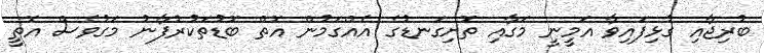
ބުރިޖާއި ގުޅިފައިވާ އަމީނީ މަގާއި ތޮށިގަނޑުގެ އެއްގަމުން އޮތް ބޮޑުތަކުރުފާނު މަގުވެސް އޮތީ